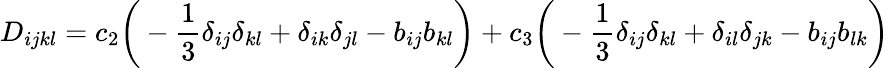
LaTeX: D_{ijkl}=c_{2}\bigg(-\frac{1}{3}\delta_{ij}\delta_{kl}+\delta_{ik}\delta_{jl}-b_{ij}b_{kl}\bigg)+c_{3}\bigg(-\frac{1}{3}\delta_{ij}\delta_{kl}+\delta_{il}\delta_{jk}-b_{ij}b_{lk}\bigg)